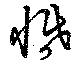
惛